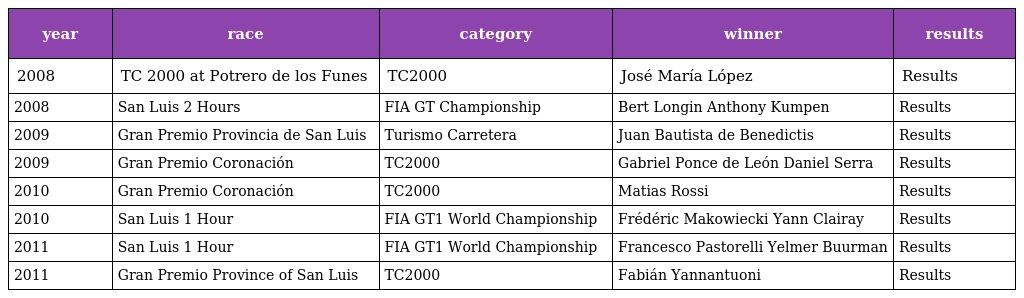
| year | race | category | winner | results |
 | --- | --- | --- | --- | --- |
 | 2008 | TC 2000 at Potrero de los Funes | TC2000 | José María López | Results |
 | 2008 | San Luis 2 Hours | FIA GT Championship | Bert Longin Anthony Kumpen | Results |
 | 2009 | Gran Premio Provincia de San Luis | Turismo Carretera | Juan Bautista de Benedictis | Results |
 | 2009 | Gran Premio Coronación | TC2000 | Gabriel Ponce de León Daniel Serra | Results |
 | 2010 | Gran Premio Coronación | TC2000 | Matias Rossi | Results |
 | 2010 | San Luis 1 Hour | FIA GT1 World Championship | Frédéric Makowiecki Yann Clairay | Results |
 | 2011 | San Luis 1 Hour | FIA GT1 World Championship | Francesco Pastorelli Yelmer Buurman | Results |
 | 2011 | Gran Premio Province of San Luis | TC2000 | Fabián Yannantuoni | Results |